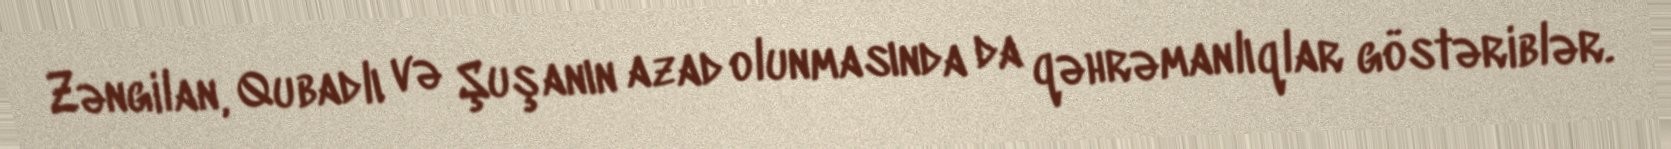
Zəngilan, Qubadlı və Şuşanın azad olunmasında da qəhrəmanlıqlar göstəriblər.